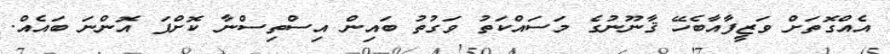
އެއްގޮތަށް ވަޒީފާއާބެހޭ ޤާނޫނުގެ މަސައްކަތު ވަގުތު ބައިން އިސްތިސްނާ ކޮށްފަ އޮންނަ ބައެއް.